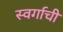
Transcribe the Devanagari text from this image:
स्वर्गाची